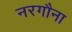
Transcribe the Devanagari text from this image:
नरगौना